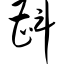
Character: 斟